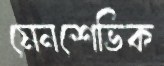
মেনশেভিক